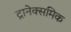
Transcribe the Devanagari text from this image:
ट्रानेक्समिक